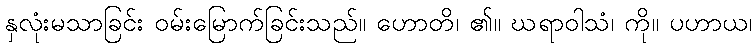
နှလုံးမသာခြင်း ဝမ်းမြောက်ခြင်းသည်။ ဟောတိ၊ ၏။ ဃရာဝါသံ၊ ကို။ ပဟာယ၊